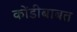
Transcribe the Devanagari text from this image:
कोंडीबाबत